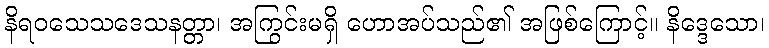
နိရဝသေသဒေသနတ္တာ၊ အကြွင်းမရှိ ဟောအပ်သည်၏ အဖြစ်ကြောင့်။ နိဒ္ဒေသော၊